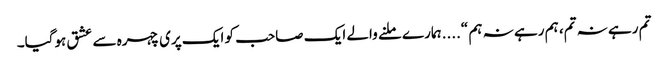
تم رہے نہ تم، ہم رہے نہ ہم “....ہمارے ملنے والے ایک صاحب کو ایک پری چہرہ سے عشق ہوگیا۔